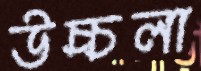
উচ্চলা